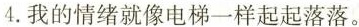
4.我的情绪就像电梯一样起起落落。